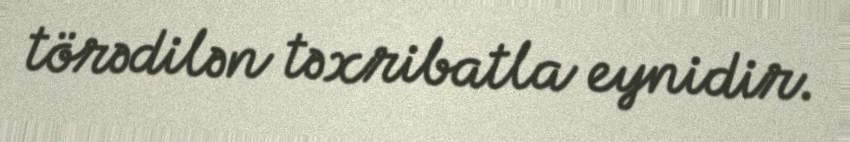
törədilən təxribatla eynidir.